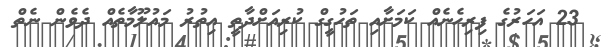
23 އަހަރުގެ ފިރިހެނެއް ކަމަށާއި ތަހުގީގް ކުރިއަށްދާތީ އިތުރު މައުލޫމާތެއް ދެވެން ނެތް